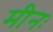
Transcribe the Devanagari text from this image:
मीनः